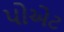
પોએટ